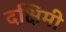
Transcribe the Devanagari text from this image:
दक्षिमी